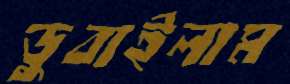
ডুবাইলাম